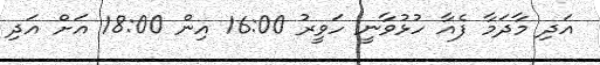
އަދި މާދަމާ ފެއާ ހުޅުވާނީ ހަވީރު 16:00 އިން 18:00 އަށް އަދި